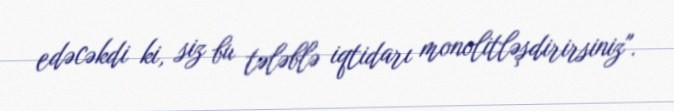
edəcəkdi ki, siz bu tələblə iqtidarı monolitləşdirirsiniz".